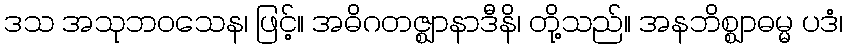
ဒသ အသုဘဝသေန၊ ဖြင့်။ အဓိဂတဇ္ဈာနာဒီနိ၊ တို့သည်။ အနဘိစ္ဈာဓမ္မ ပဒံ၊